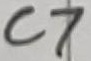
Text: C7